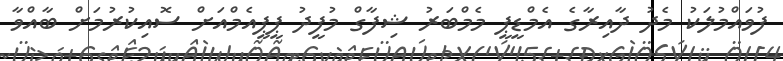
ފުވައްމުލަކު މެދު ދާއިރާގެ އެމްޑީޕީ މެމްބަރު ޝިފާގް މުފީދު ޕީޕީއެމްއަށް ސޮއިކުރުމަށް ބާއްވާ